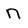
Character: n